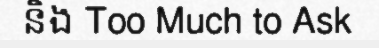
និង Too Much to Ask